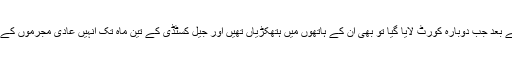
پھر تین روز کے ریمانڈ کے بعد جب دوبارہ کورٹ لایا گیا تو بھی ان کے ہاتھوں میں ہتھکڑیاں تھیں اور جیل کسٹڈی کے تین ماہ تک انہیں عادی مجرموں کے ساتھ بیرکوں میں رکھا گیا۔